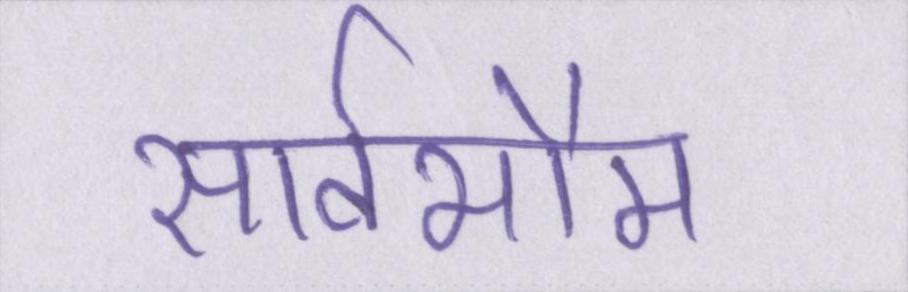
सार्वभौम